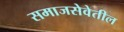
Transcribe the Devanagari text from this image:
समाजसेवेतील